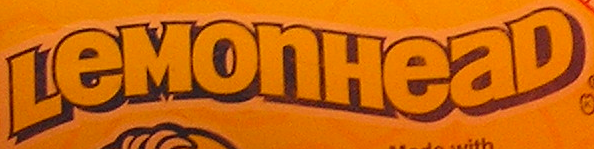
LeMonHeaD